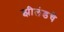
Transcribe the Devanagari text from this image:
झीलंडचे